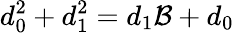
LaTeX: d_{0}^{2}+d_{1}^{2}=d_{1}\mathcal{B}+d_{0}